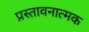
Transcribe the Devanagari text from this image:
प्रस्तावनात्मक